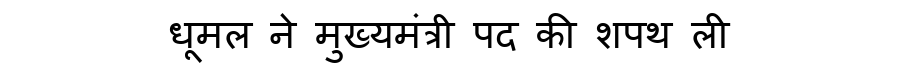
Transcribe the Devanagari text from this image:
धूमल ने मुख्यमंत्री पद की शपथ ली